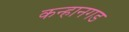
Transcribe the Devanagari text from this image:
कन्हानगड